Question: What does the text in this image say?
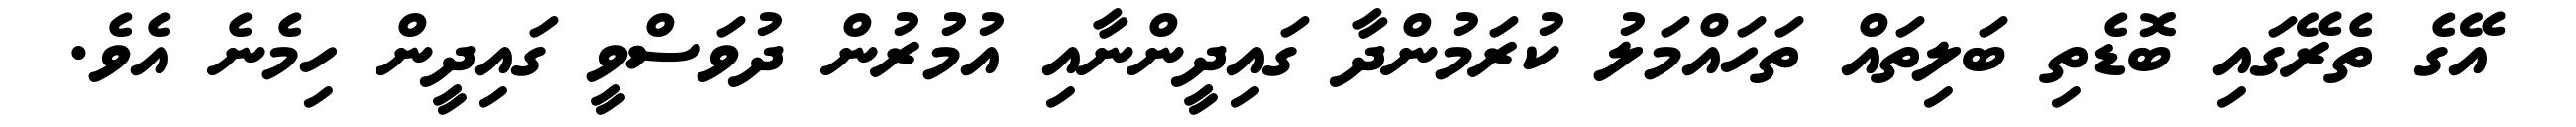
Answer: އޭގެ ތެރޭގައި ބޮޑެތި ބަލިތައް ތަހައްމަލު ކުރަމުންދާ ގައިދީންނާއި އުމުރުން ދުވަސްވީ ގައިދީން ހިމެނެ އެވެ.